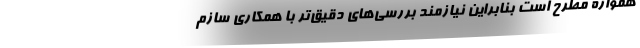
همواره مطرح است بنابراین نیازمند بررسی‌های دقیق‌تر با همکاری سازم